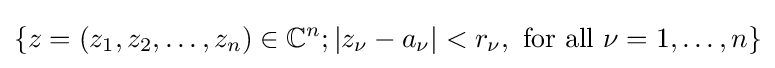
\left\{z=(z_{1},z_{2},\dots ,z_{n})\in \mathbb {C} ^{n};|z_{\nu }-a_{\nu }|<r_{\nu },{\text{ for all }}\nu =1,\dots ,n\right\}